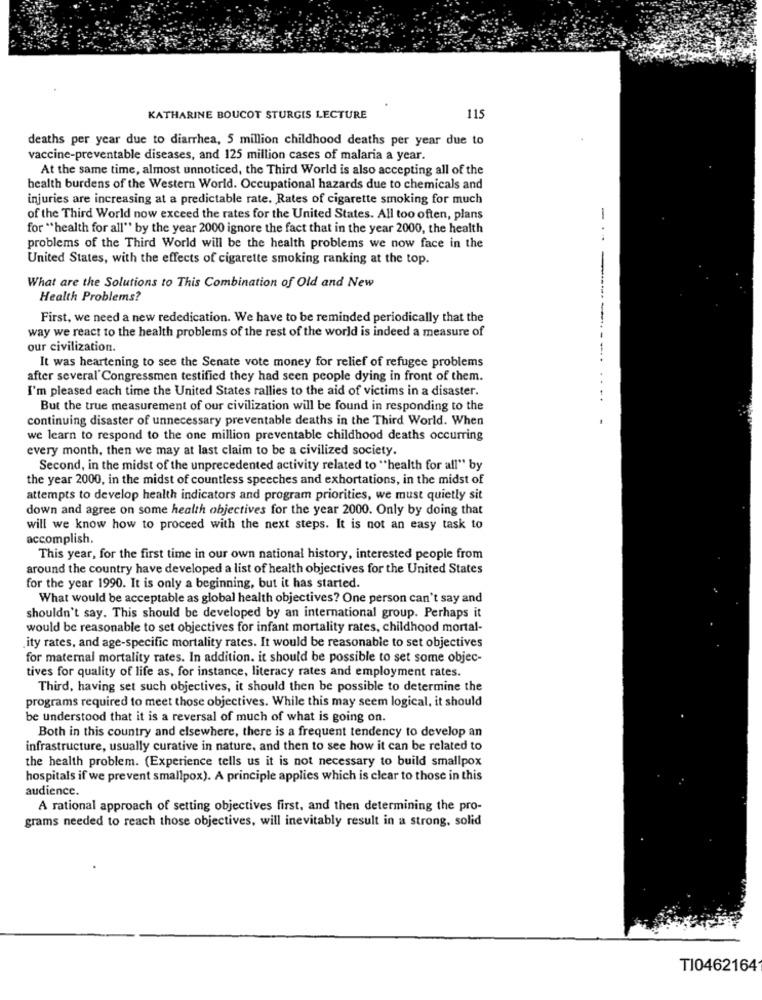
KATHARINE BOUCOT STURGIS LECTURE
115
deaths per year due to diarrhea, 5 million childhood deaths per year due to
vaccine-preventable diseases, and 125 million cases of malaria a year.
At the same time, almost unnoticed, the Third World is also accepting all of the
health burdens of the Western World. Occupational hazards due to chemicals and
injuries are increasing at a predictable rate. Rates of cigarette smoking for much
of the Third World now exceed the rates for the United States. All too often, plans
-
for "health for all" by the year 2000 ignore the fact that in the year 2000, the health
problems of the Third World will be the health problems we now face in the
United States, with the effects of cigarette smoking ranking at the top.
What are the Solutions to This Combination of Old and New
Health Problems?
First, we need a new rededication. We have to be reminded periodically that the
way we react to the health problems of the rest of the world is indeed a measure of
our civilization.
It was heartening to see the Senate vote money for relief of refugee problems
after several' Congressmen testified they had seen people dying in front of them.
I'm pleased each time the United States rallies to the aid of victims in a disaster.
. --------....
But the true measurement of our civilization will be found in responding to the
continuing disaster of unnecessary preventable deaths in the Third World. When
we learn to respond to the one million preventable childhood deaths occurring
every month, then we may at last claim to be a civilized society.
Second, in the midst of the unprecedented activity related to "health for all" by
the year 2000, in the midst of countless speeches and exhortations, in the midst of
attempts to develop health indicators and program priorities, we must quietly sit
down and agree on some health objectives for the year 2000. Only by doing that
will we know how to proceed with the next steps. It is not an easy task to
accomplish.
This year, for the first time in our own national history, interested people from
around the country have developed a list of health objectives for the United States
for the year 1990. It is only a beginning, but it has started.
What would be acceptable as global health objectives? One person can't say and
shouldn't say. This should be developed by an international group. Perhaps it
would be reasonable to set objectives for infant mortality rates, childhood mortal-
ity rates, and age-specific mortality rates. It would be reasonable to set objectives
for maternal mortality rates. In addition. it should be possible to set some objec-
tives for quality of life as, for instance, literacy rates and employment rates.
Third, having set such objectives, it should then be possible to determine the
programs required to meet those objectives. While this may seem logical, it should
be understood that it is a reversal of much of what is going on.
Both in this country and elsewhere, there is a frequent tendency to develop an
infrastructure, usually curative in nature, and then to see how it can be related to
the health problem. (Experience tells us it is not necessary to build smallpox
hospitals if we prevent smallpox). A principle applies which is clear to those in this
audience.
A rational approach of setting objectives first, and then determining the pro-
grams needed to reach those objectives, will inevitably result in a strong, solid
TI0462164